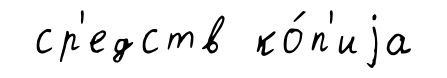
ср'едств ко́п'иjа